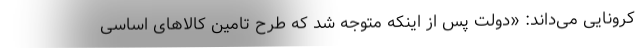
کرونایی می‌داند: «دولت پس از اینکه متوجه شد که طرح تامین کالاهای اساسی